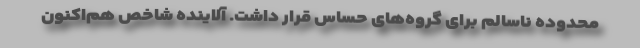
محدوده ناسالم برای گروه‌های حساس قرار داشت. آلاینده شاخص هم‌اکنون